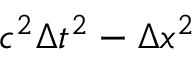
c ^ { 2 } \Delta t ^ { 2 } - \Delta x ^ { 2 }